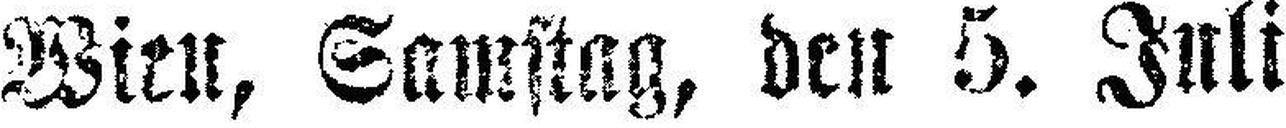
Wien, Samstag, den 5. Juli